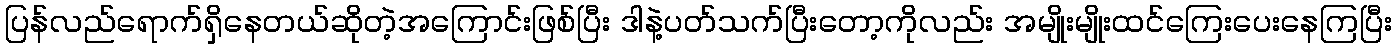
ပြန်လည်ရောက်ရှိနေတယ်ဆိုတဲ့အကြောင်းဖြစ်ပြီး ဒါနဲ့ပတ်သက်ပြီးတော့ကိုလည်း အမျိုးမျိုးထင်ကြေးပေးနေကြပြီး